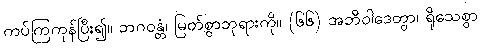
ကပ်ကြကုန်ပြီး၍။ ဘဂဝန္တံ၊ မြတ်စွာဘုရားကို။ (၆၆) အဘိဝါဒေတွာ၊ ရိုသေစွာ